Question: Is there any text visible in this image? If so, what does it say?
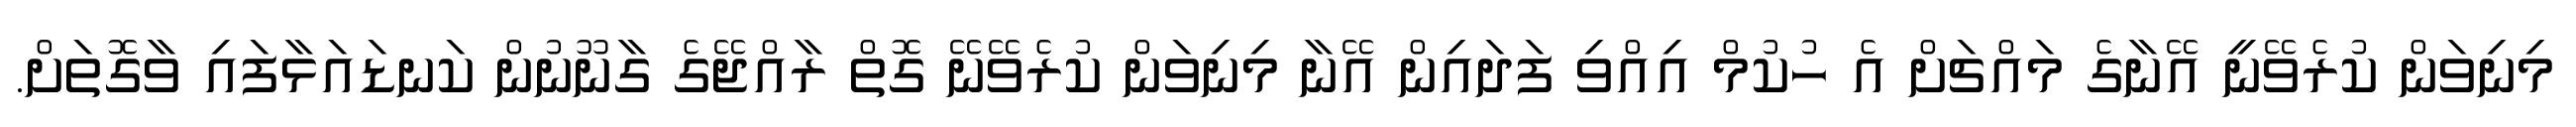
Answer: މިނިވަން ކުރެވޭނީ އޭނާގެ މައްޗަށް އެ ހުކުމް އިއްވި ފަދައިން އޭނާ މިނިވަން ކުރެވޭނޭ ގޮތް ރާއްޖޭގެ ގާނޫނުން ކަނޑައަޅާފައި ވާގޮތަށް.